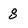
Character: 8